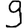
Digit: 9